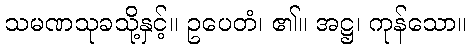
သမဏသုခသို့နှင့်။ ဥပေတံ၊ ၏။ အဋ္ဌ၊ ကုန်သော။